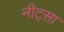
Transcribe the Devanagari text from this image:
नीट्सा